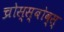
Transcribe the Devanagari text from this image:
च्रोस्स्बोव्स्